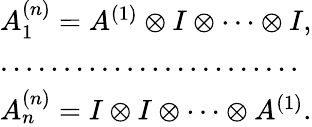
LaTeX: \begin{array}{l}{{A_{1}^{(n)}=A^{(1)}\otimes I\otimes\cdots\otimes I,}}\\ {{\ldots\ldots\ldots\ldots\ldots\ldots\ldots\ldots}}\\ {{A_{n}^{(n)}=I\otimes I\otimes\cdots\otimes A^{(1)}.}}\end{array}